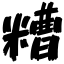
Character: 糟